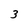
Character: 3